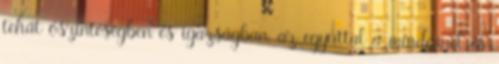
tehát őszinteségben és igazságban, az egyúttal a mindennel és